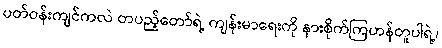
ပတ်ဝန်းကျင်ကလဲ တပည့်တော်ရဲ့ ကျန်းမာရေးကို နားစိုက်ကြဟန်တူပါရဲ့၊